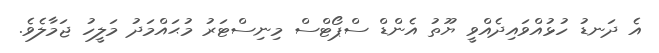
އެ ދަނޑު ހުޅުއްވައިދެއްވީ ޔޫތު އެންޑް ސްޕޯޓްސް މިނިސްޓަރު މުޙައްމަދު މަލީހު ޖަމާލެވެ.